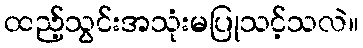
ထည့်သွင်းအသုံးမပြုသင့်သလဲ။